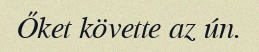
Őket követte az ún.